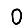
Digit: 0